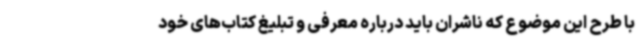
با طرح این موضوع که ناشران باید درباره معرفی و تبلیغ کتاب‌های خود